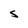
Character: S